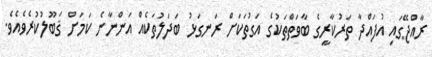
ރާއްޖޭގައި އުފައްދާ ތަރުކާރީގެ ބާވަތްތަކުގެ އަގުތަކަށް ރަނގަޅު ބަދަލުތަކެއް އަންނާނެ ކަމަށް ޤަބޫލުކުރެވެއެވެ.